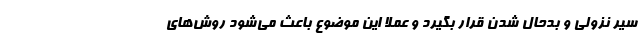
سیر نزولی و بدحال شدن قرار بگیرد و عملاً این موضوع باعث می‌شود روش‌های